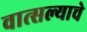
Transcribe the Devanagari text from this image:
वात्सल्याचे